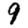
Digit: 9